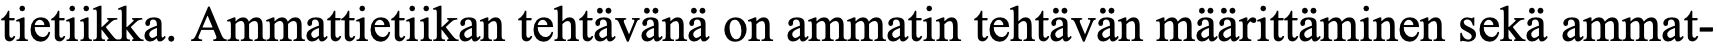
tietiikka. Ammattietiikan tehtävänä on ammatin tehtävän määrittäminen sekä ammat-